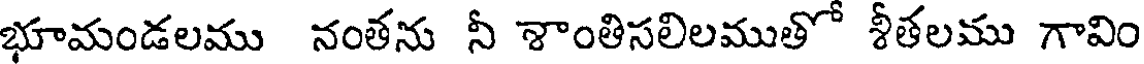
భూమండలము నంతను నీ శాంతిసలిలముతో శీతలము గావిం